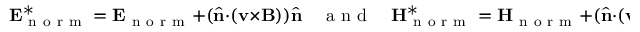
\mathbf { E } _ { \mathrm { ~ n ~ o ~ r ~ m ~ } } ^ { * } = \mathbf { E } _ { \mathrm { ~ n ~ o ~ r ~ m ~ } } + ( \hat { \mathbf { n } } \cdot ( \mathbf { v } \times \mathbf { B } ) ) \hat { \mathbf { n } } \quad \mathrm { ~ a ~ n ~ d ~ } \quad \mathbf { H } _ { \mathrm { ~ n ~ o ~ r ~ m ~ } } ^ { * } = \mathbf { H } _ { \mathrm { ~ n ~ o ~ r ~ m ~ } } + ( \hat { \mathbf { n } } \cdot ( \mathbf { v } \times \mathbf { D } ) ) \hat { \mathbf { n } } .